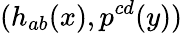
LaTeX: (h_{ab}(x),p^{cd}(y))